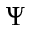
\Psi